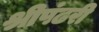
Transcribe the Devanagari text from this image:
श्रीपंढरी